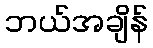
ဘယ်အချိန်